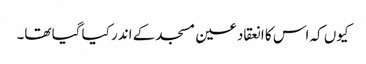
کیوں کہ اس کا انعقاد عین مسجد کے اندر کیا گیا تھا۔